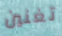
تغنين